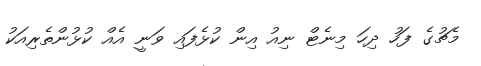
މެޗުގެ ފަހު ދިހަ މިނެޓް ނިއު އިން ކުޅެފައި ވަނީ އެއް ކުޅުންތެރިއަކު